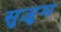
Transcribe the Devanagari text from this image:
सुज़ुम